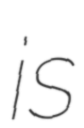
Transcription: is